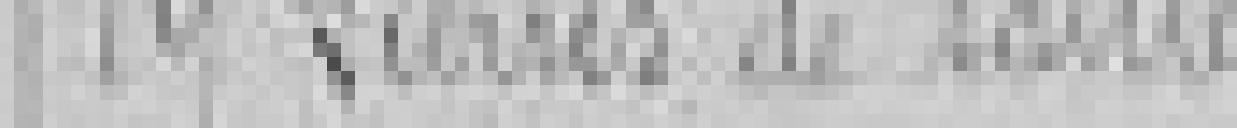
19. Pierres de taille